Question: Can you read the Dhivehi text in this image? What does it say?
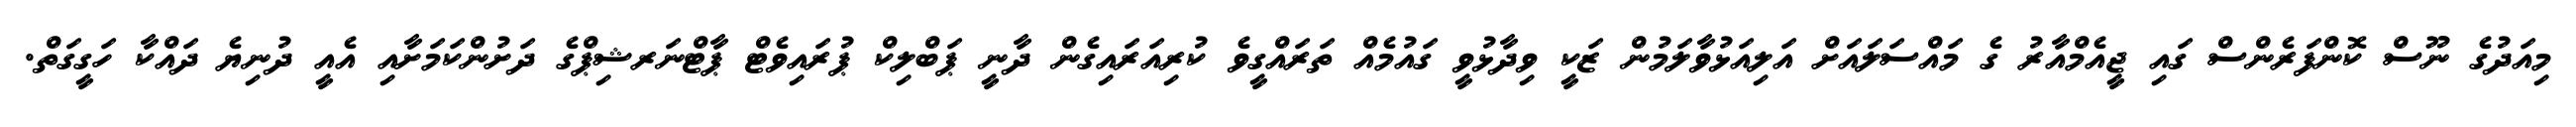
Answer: މިއަދުގެ ނޫސް ކޮންފަރެންސް ގައި ޖީއެމްއާރު ގެ މައްސަލައަށް އަލިއަޅުވާލަމުން ޒަކީ ވިދާޅުވީ ގައުމެއް ތަރައްގީވެ ކުރިއަރައިގެން ދާނީ ޕަބްލިކް ޕުރައިވެޓް ޕާޓްނަރޝިޕްގެ ދަށުންކަމަށާއި އެއީ ދުނިޔެ ދައްކާ ހަގީގަތް.